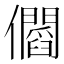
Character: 𠑑